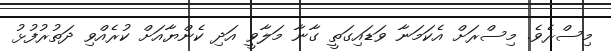
މިސްރެވެ. މިސްރަށް އެކަމަނާ ވަޑައިގަތީ ގާނާ މަލާވީ އަދި ކެންޔާއަށް ކުރެއްވި ދަތުރުފުޅު